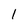
Character: 1